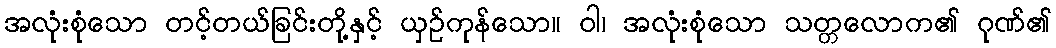
အလုံးစုံသော တင့်တယ်ခြင်းတို့နှင့် ယှဉ်ကုန်သော။ ဝါ၊ အလုံးစုံသော သတ္တလောက၏ ဂုဏ်၏